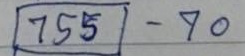
(755) - 70